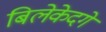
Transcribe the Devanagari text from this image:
बिलेकेदगे